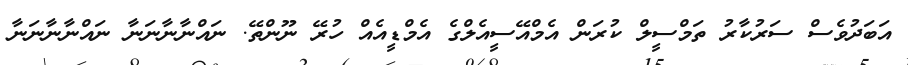
އަބަދުވެސް ސަރުކާރު ތަމްސީލް ކުރަން އެމްއޭސީއެލްގެ އެމްޑީއެެއް ހުރޭ ނޫންތޭ. ނައްނާނާނަނާ ނައްނާނާނަނާ